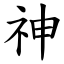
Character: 神